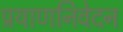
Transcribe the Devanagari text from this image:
प्रयाणनिवेदन